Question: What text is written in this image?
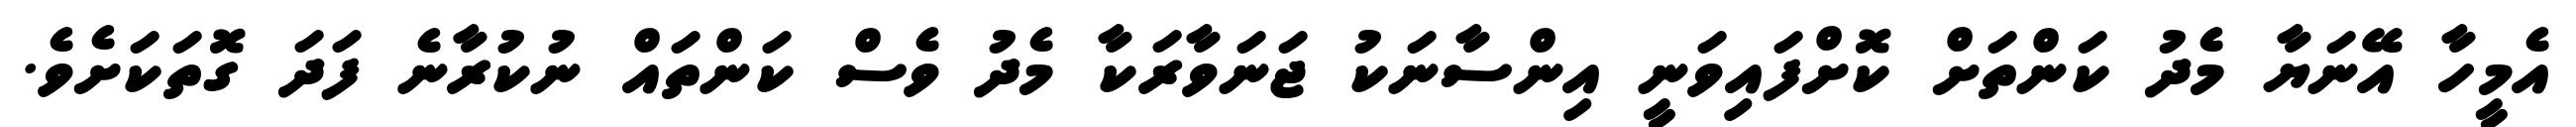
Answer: އެމީހާ އޭނަޔާ މެދު ކަންތަށް ކޮށްފައިވަނީ އިންސާނަކު ޖަނަވާރަކާ މެދު ވެސް ކަންތައް ނުކުރާނެ ފަދަ ގޮތަކަށެވެ.